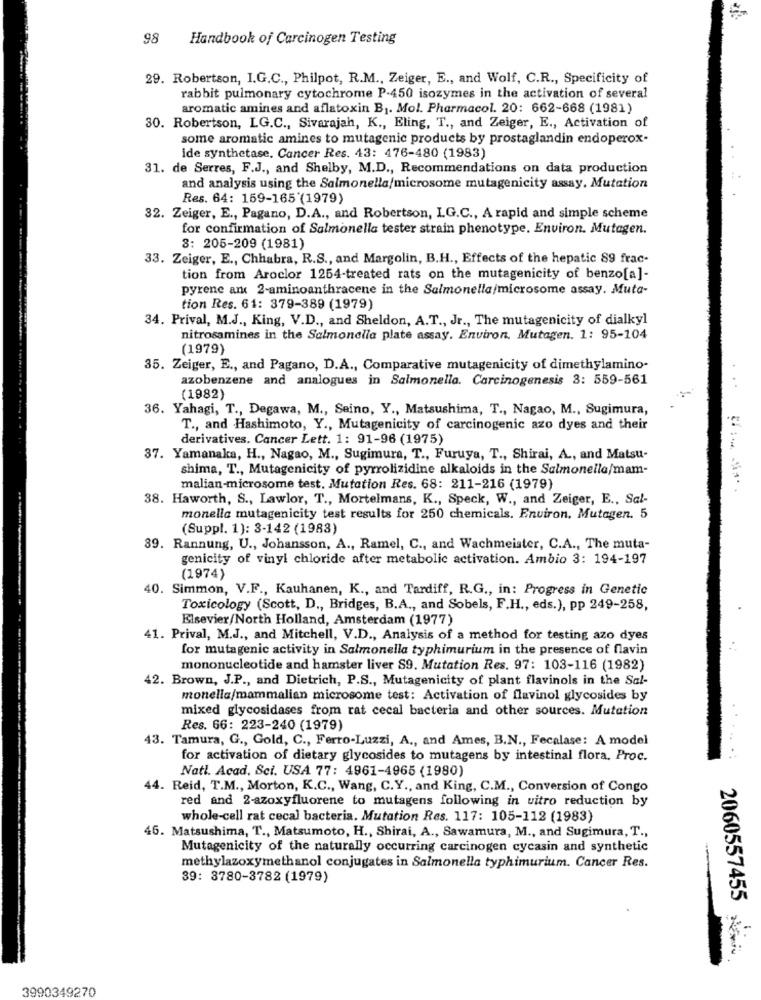
98
Handbook of Carcinogen Testing
29. Robertson, I.G.C ., Philpot, R.M ., Zeiger, E ., and Wolf, C.R ., Specificity of
rabbit pulmonary cytochrome P-450 isozymes in the activation of several
aromatic amines and aflatoxin B1. Mol. Pharmacol. 20: 662-668 (1981)
30. Robertson, LG.C ., Sivarajah, K ., Eling, T ., and Zeiger, E ., Activation of
some aromatic amines to mutagenic products by prostaglandin endoperox-
ide synthetase, Cancer Res. 43: 476-480 (1983)
31. de Serres, F.J ., and Shelby, M.D ., Recommendations on data production
and analysis using the Salmonella/microsome mutagenicity assay. Mutation
Res. 64: 159-165 (1979)
32. Zeiger, E ., Pagano, D.A ., and Robertson, I.G.C ., A rapid and simple scheme
for confirmation of Salmonella tester strain phenotype. Environ. Mutagen.
8: 205-209 (1981)
33. Zeiger, E ., Chhabra, R.S ., and Margolin, B.H ., Effects of the hepatic 89 frac-
tion from Aroclor 1264-treated rats on the mutagenicity of benzo[a]-
pyrene and 2-aminoanthracene in the Salmonella/microsome assay. Muta-
tion Res. 61: 379-389 (1979)
34. Prival, M.J ., King, V.D ., and Sheldon, A.T ., Jr ., The mutagenicity of dialkyl
nitrosamines in the Salmonella plate assay. Environ, Mutagen. 1: 95-104
(1979)
35. Zeiger, E ., and Pagano, D.A ., Comparative mutagenicity of dimethylamino-
azobenzene and analogues in Salmonella. Carcinogenesis 3: 559-561
...
(1982)
36. Yahagi, T ., Degawa, M ., Seino, Y ., Matsushima, T ., Nagao, M ., Sugimura,
T ., and Hashimoto, Y ., Mutagenicity of carcinogenic azo dyes and their
derivatives. Cancer Lett. 1: 91-96 (1975)
37. Yamanaka, H ., Nagao, M ., Sugimura, T ., Furuya, T ., Shirai, A ., and Matsu-
shima, T ., Mutagenicity of pyrrolizidine alkaloids in the Salmonella/mam-
malian-microsome test. Mutation Res. 68: 211-216 (1979)
38. Haworth, S ., Lawlor, T ., Mortelmans, K ., Speck, W ., and Zeiger, E ., Sal-
monella mutagenicity test results for 250 chemicals. Environ, Mutagen. 5
(Suppl. 1): 3-142 (1983)
89. Rannung, U ., Johansson, A ., Ramel, C ., and Wachmeister, C.A ., The muta-
genicity of vinyl chloride after metabolic activation. Ambio 3: 194-197
(1974)
40. Simmon, V.F ., Kauhanen, K ., and Tardiff, R.G ., in: Progress in Genetic
Toxicology (Scott, D ., Bridges, B.A ., and Sobels, F.H ., eds.), pp 249-258,
Elsevier/North Holland, Amsterdam (1977)
41. Prival, M.J ., and Mitchell, V.D ., Analysis of a method for testing azo dyes
for mutagenic activity in Salmonella typhimurium in the presence of flavin
mononucleotide and hamster liver S9. Mutation Res. 97: 103-116 (1982)
42. Brown, J.P ., and Dietrich, P.S ., Mutagenicity of plant flavinols in the Sal-
monella/mammalian microsome test: Activation of flavinol glycosides by
mixed glycosidases from rat cecal bacteria and other sources. Mutation
Res. 66: 223-240 (1979)
43. Tamura, G ., Gold, C ., Ferro-Luzzi, A ., and Ames, B.N ., Fecalase: A model
for activation of dietary glycosides to mutagens by intestinal flora. Proc.
Natl. Acad. Sci. USA 77: 4961-4965 (1980)
44. Reid, T.M ., Morton, K.C ., Wang, C.Y ., and King, C.M ., Conversion of Congo
red and 2-azoxyfluorene to mutagens following in vitro reduction by
whole-cell rat cecal bacteria. Mutation Res. 117: 105-112 (1983)
46. Matsushima, T ., Matsumoto, H ., Shirai, A ., Sawamura, M ., and Sugimura, T .,
Mutagenicity of the naturally occurring carcinogen cycasin and synthetic
methylazoxymethanol conjugates in Salmonella typhimurium. Cancer Res.
39: 3780-3782 (1979)
2060557455 .
3990349270